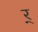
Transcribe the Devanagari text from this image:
र्‍